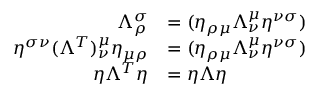
\begin{array} { r l } { \Lambda _ { \rho } ^ { \sigma } } & { = ( \eta _ { \rho \mu } \Lambda ^ { \mu } _ { \nu } \eta ^ { \nu \sigma } ) } \\ { \eta ^ { \sigma \nu } ( \Lambda ^ { T } ) _ { \nu } ^ { \mu } \eta _ { \mu \rho } } & { = ( \eta _ { \rho \mu } \Lambda ^ { \mu } _ { \nu } \eta ^ { \nu \sigma } ) } \\ { \eta \Lambda ^ { T } \eta } & { = \eta \Lambda \eta } \end{array}